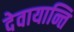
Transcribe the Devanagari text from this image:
देवायान्ति